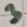
Text: 3